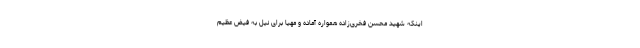
اینکه شهید محسن فخری‌زاده همواره آماده و مهیا برای نیل به فیض عظیم